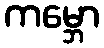
ကမ္ဘော